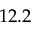
1 2 . 2